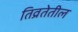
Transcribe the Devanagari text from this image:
तिव्रतेतील